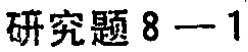
研究题 8 - 1